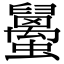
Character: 𧔱